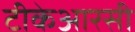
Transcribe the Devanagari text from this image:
टीकेआरसी